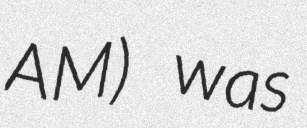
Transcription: AM) was